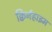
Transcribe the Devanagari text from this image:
क्विर्नहाइम